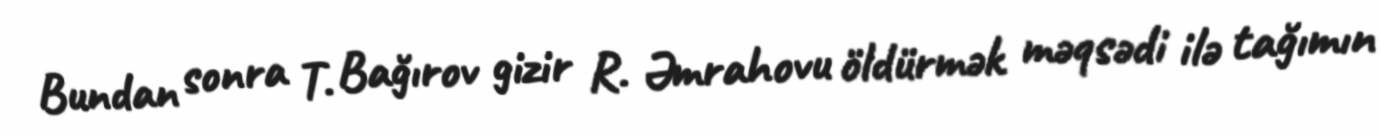
Bundan sonra T. Bağırov gizir R. Əmrahovu öldürmək məqsədi ilə tağımın